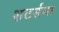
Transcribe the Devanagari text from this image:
शटर्सना